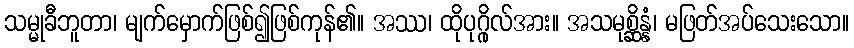
သမ္မုခီဘူတာ၊ မျက်မှောက်ဖြစ်၍ဖြစ်ကုန်၏။ အဿ၊ ထိုပုဂ္ဂိုလ်အား။ အသမုစ္ဆိန္နံ၊ မဖြတ်အပ်သေးသော။